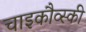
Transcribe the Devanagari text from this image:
चाइकौव्स्की